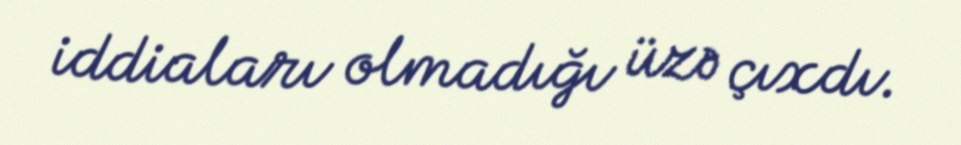
iddiaları olmadığı üzə çıxdı.